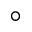
^ \circ